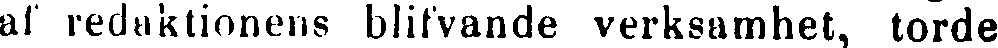
al reduktionens blifvande verksamhet, torde